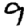
Digit: 9